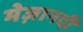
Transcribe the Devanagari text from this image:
मेज़ानदी